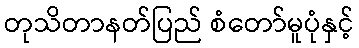
တုသိတာနတ်ပြည် စံတော်မူပုံနှင့်